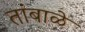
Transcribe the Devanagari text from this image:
तांबाळे